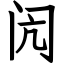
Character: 闶